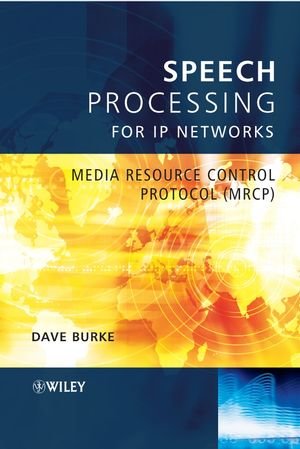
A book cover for Speech Processing for IP Networks: Media Resource Control Protocol (MRCP); David Burke; Computers & Technology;